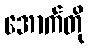
အောက်တို